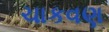
ચાકવણ